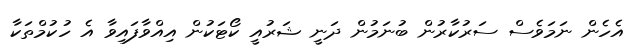
އެހެން ނަމަވެސް ސަރުކާރުން ބުނަމުން ދަނީ ޝަރުއީ ކޯޓަކުން އިއްވާފައިވާ އެ ހުކުމްތަކާ